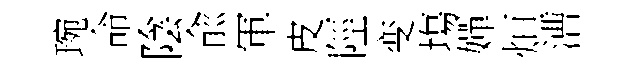
琬命陰兪軍皮陘变塲嬋烜漕